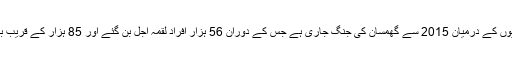
واضح رہے کہ یمن میں سعودی عرب اتحادی فوج اور حوثی باغیوں کے درمیان 2015 سے گھمسان کی جنگ جاری ہے جس کے دوران 56 ہزار افراد لقمہ اجل بن گئے اور 85 ہزار کے قریب بچوں کے خوراک کی کمی کے باعث ہلاک ہوجانے کا خدشہ ہے۔